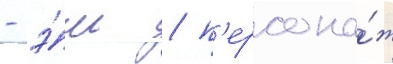
- э́ш / п'ерсона́ж